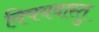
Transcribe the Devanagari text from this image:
विषयवास्तु